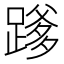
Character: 𮜄